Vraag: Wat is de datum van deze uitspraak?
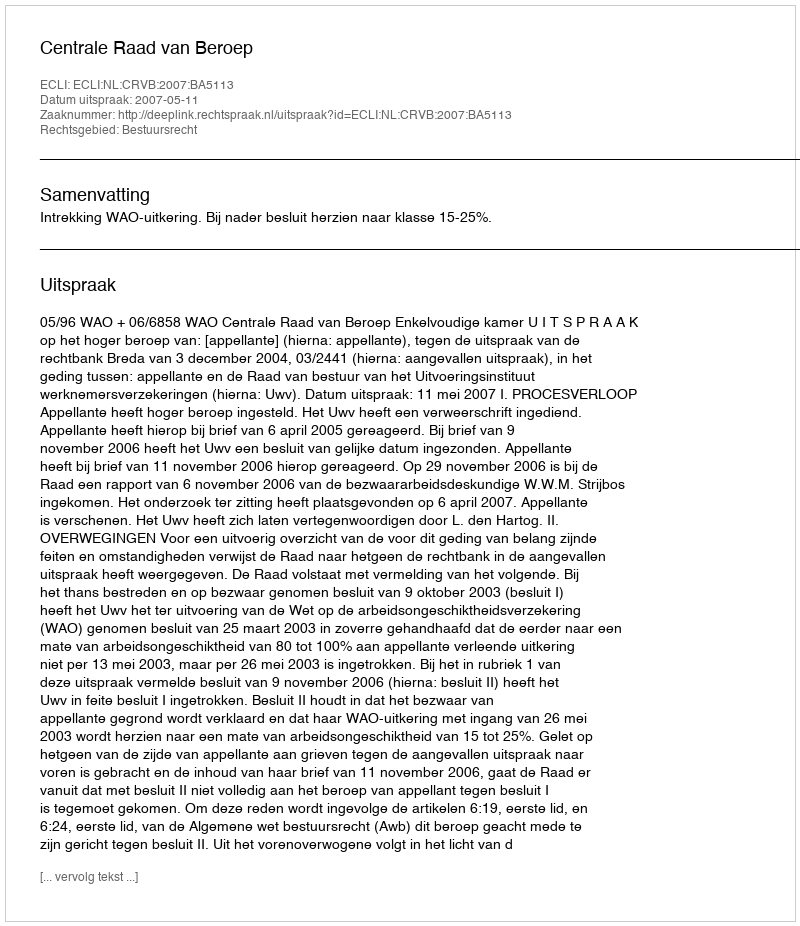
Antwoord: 2007-05-11